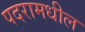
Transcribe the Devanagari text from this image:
पदरामधील